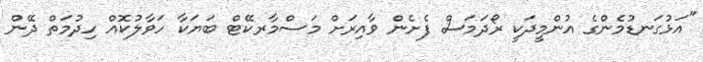
"އަޅުގަނޑުމެންގެ އުންމީދަކީ ރޯދަމަސް ފެށެން ވާއިރަށް މަސްމާރކޭޓް ބަޔަކާ ހަވާލުކޮއް ހިދުމަތް ދޭން